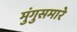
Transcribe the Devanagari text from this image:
मुंगुसमारे